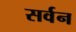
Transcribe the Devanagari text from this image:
सर्वन